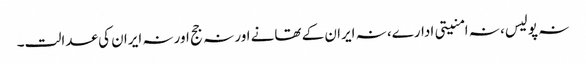
نہ پولیس، نہ امنیتی ادارے، نہ ایران کے تھانے اور نہ جج اور نہ ایران کی عدالت۔